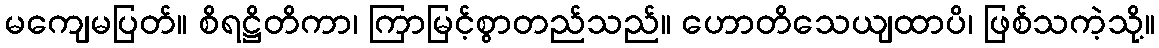
မကျေမပြတ်။ စိရဋ္ဌိတိကာ၊ ကြာမြင့်စွာတည်သည်။ ဟောတိသေယျထာပိ၊ ဖြစ်သကဲ့သို့။